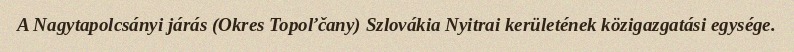
A Nagytapolcsányi járás (Okres Topoľčany) Szlovákia Nyitrai kerületének közigazgatási egysége.